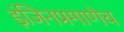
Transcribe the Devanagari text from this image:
इंजिनप्रमाणेच